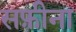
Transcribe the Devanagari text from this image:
सफ़ीना